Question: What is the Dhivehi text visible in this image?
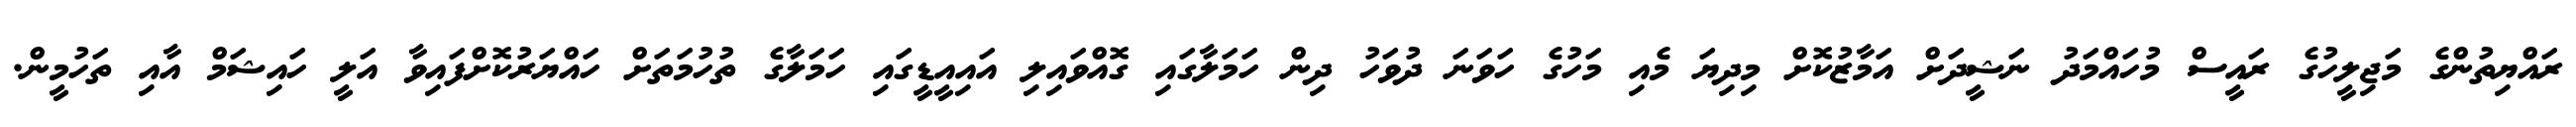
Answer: ރައްޔިތުންގެ މަޖިލީހުގެ ރައީސް މުހައްމަދު ނަޝީދަށް އަމާޒުކޮށް މިދިޔަ މެއި މަހުގެ ހަވަނަ ދުވަހު ދިން ހަމަލާގައި ގޮއްވައިލި އައިއީޑީގައި ހަމަލާގެ ތުހުމަތަށް ހައްޔަރުކޮށްފައިވާ އަލީ ހައިޝަމް އާއި ތަހުމީން.